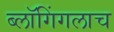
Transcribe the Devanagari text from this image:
ब्लॉगिंगलाच